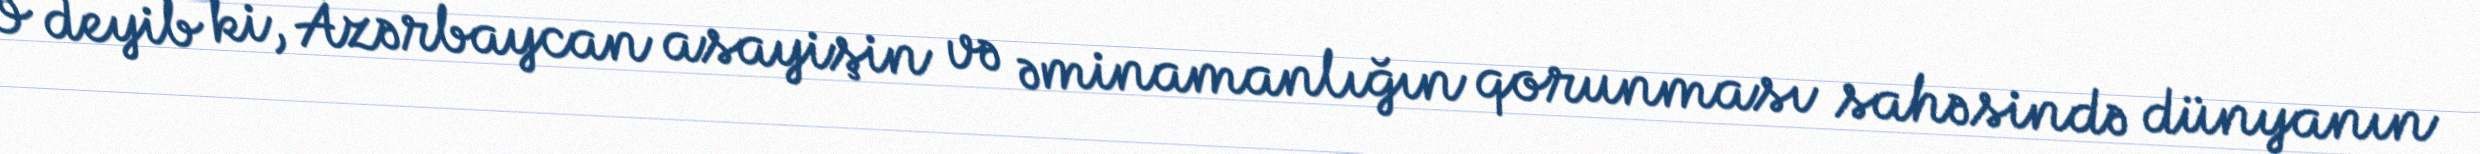
O deyib ki, Azərbaycan asayişin və əminamanlığın qorunması sahəsində dünyanın